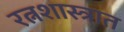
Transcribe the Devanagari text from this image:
रत्नशास्त्रात